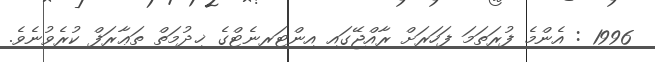
1996 : އެންމެ ފުރަތަމަ ފަހަރަށް ރާއްޖޭގައި އިންޓަރނެޓްގެ ޚިދުމަތް ތަޢާރަފް ކުރެވުނެވެ.